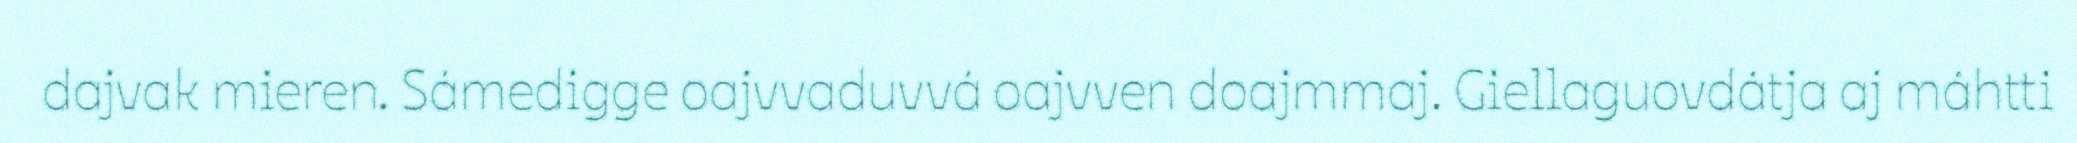
dajvak mieren. Sámedigge oajvvaduvvá oajvven doajmmaj. Giellaguovdátja aj máhtti